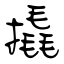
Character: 撬